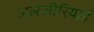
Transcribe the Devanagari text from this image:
अलजीरियाई